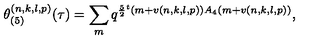
\theta _ { ( 5 ) } ^ { ( n , k , l , p ) } ( \tau ) = \sum _ { m } q ^ { \frac { 5 } { 2 } { } ^ { t } ( m + v ( n , k , l , p ) ) A _ { 4 } ( m + v ( n , k , l , p ) ) } ,